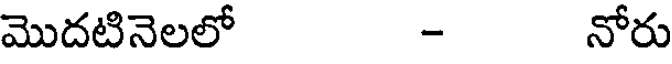
మొదటినెలలో - నోరు